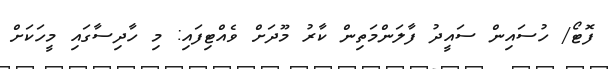
ފޮޓޯ/ ހުސައިން ސައީދު ފާލަންމަތިން ކާރު މޫދަށް ވެއްޓިފައި: މި ހާދިސާގައި މީހަކަށް